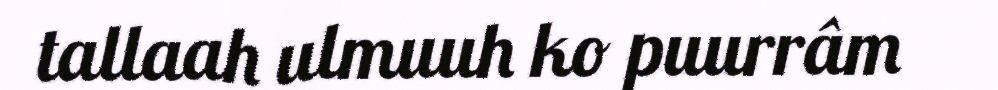
tallaah ulmuuh ko puurrâm